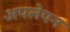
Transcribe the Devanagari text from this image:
अपलेपन